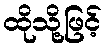
ထိုသို့ဖြင့်